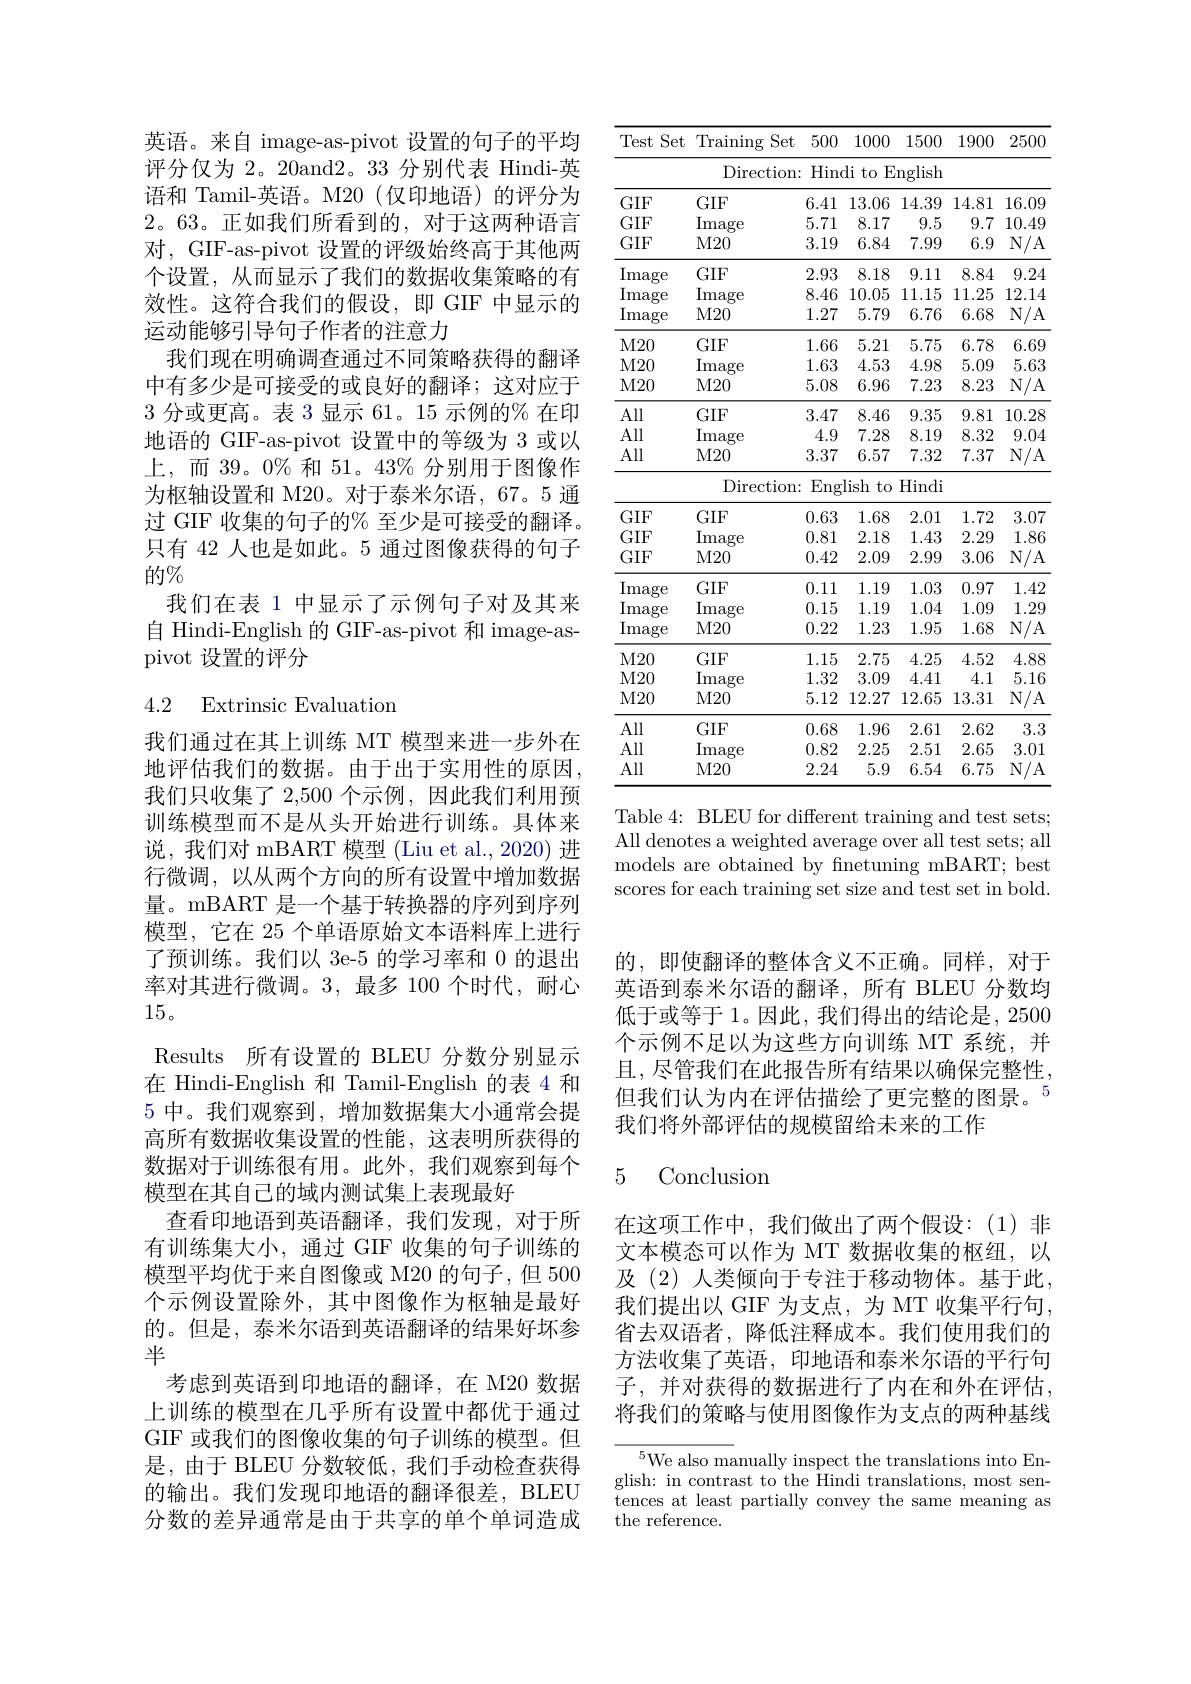
英语。来自 image-as-pivot 设置的句子的平均评分仅为 2。20and2。33 分别代表 Hindi-英语和 Tamil-英语。M20(仅印地语)的评分为2。63。正如我们所看到的，对于这两种语言对，GIF-as-pivot 设置的评级始终高于其他两个设置，从而显示了我们的数据收集策略的有效性。这符合我们的假设，即 GIF 中显示的运动能够引导句子作者的注意力
我们现在明确调查通过不同策略获得的翻译中有多少是可接受的或良好的翻译；这对应于3分或更高。表 3 显示 61。15 示例的% 在印地语的 GIF-as-pivot 设置中的等级为 3 或以上，而 39。0% 和 51。43% 分别用于图像作为枢轴设置和 M20。对于泰米尔语，67。5 通过 GIF 收集的句子的% 至少是可接受的翻译。只有 42 人也是如此。5 通过图像获得的句子的$\%$
我们在表 1 中显示了示例句子对及其来自 Hindi-English 的 GIF-as-pivot 和 image-aspivot 设置的评分

## 4.2 Extrinsic Evaluation

我们通过在其上训练 MT 模型来进一步外在地评估我们的数据。由于出于实用性的原因， 我们只收集了 2,500 个示例，因此我们利用预训练模型而不是从头开始进行训练。具体来说，我们对 mBART 模型 (Liu et al., 2020) 进行微调，以从两个方向的所有设置中增加数据量。mBART 是一个基于转换器的序列到序列模型，它在 25 个单语原始文本语料库上进行了预训练。我们以 3e-5 的学习率和 0 的退出率对其进行微调。3,最多 100 个时代，耐心15。
Results 所有设置的 BLEU 分数分别显示在 Hindi-English 和 Tamil-English 的表 4 和5 中。我们观察到，增加数据集大小通常会提高所有数据收集设置的性能，这表明所获得的数据对于训练很有用。此外，我们观察到每个模型在其自己的域内测试集上表现最好
查看印地语到英语翻译，我们发现，对于所有训练集大小，通过 GIF 收集的句子训练的模型平均优于来自图像或 M20 的句子，但 500个示例设置除外，其中图像作为枢轴是最好的。但是，泰米尔语到英语翻译的结果好坏参半
考虑到英语到印地语的翻译，在 M20 数据上训练的模型在几乎所有设置中都优于通过GIF 或我们的图像收集的句子训练的模型。但是，由于 BLEU 分数较低，我们手动检查获得的输出。我们发现印地语的翻译很差，BLEU 分数的差异通常是由于共享的单个单词造成

<table>
	<tbody>
		<tr>
			<th>Test Set 1 T T</th>
			<th>$\operatorname{Training}$ Set</th>
			<th>500</th>
			<th>1000</th>
			<th>1500</th>
			<th>1900</th>
			<th>2500</th>
		</tr>
		<tr>
			<td> </td>
			<td>Direction: </td>
			<td>Hinc</td>
			<td>$li$ $to$ E </td>
			<td>inglish</td>
			<td> </td>
			<td> </td>
		</tr>
		<tr>
			<td>$GIF$</td>
			<td>$GIF$</td>
			<td>6.41</td>
			<td>13.06</td>
			<td>14.39</td>
			<td>14.81</td>
			<td>16.09</td>
		</tr>
		<tr>
			<td>$GIF$</td>
			<td>Image</td>
			<td>5.71</td>
			<td>8.17</td>
			<td>9.5</td>
			<td>9.7</td>
			<td>10.49</td>
		</tr>
		<tr>
			<td>$GIF$</td>
			<td>- $M20$</td>
			<td>3.19</td>
			<td>6.84</td>
			<td>7.99</td>
			<td>6.9</td>
			<td>$N/A$</td>
		</tr>
		<tr>
			<td>Image</td>
			<td>$GIF$</td>
			<td>2.93</td>
			<td>8.18</td>
			<td>9.11</td>
			<td>8.84</td>
			<td>9.24</td>
		</tr>
		<tr>
			<td>Image</td>
			<td>$\operatorname$</td>
			<td>8.46</td>
			<td>10.05</td>
			<td>11.15</td>
			<td>11.25</td>
			<td>12.14</td>
		</tr>
		<tr>
			<td>Image</td>
			<td>$M20$</td>
			<td>1.27</td>
			<td>5.79</td>
			<td>6.76</td>
			<td>6.68</td>
			<td>$N/A$</td>
		</tr>
		<tr>
			<td>$M20$</td>
			<td>$GIF$</td>
			<td>1.66</td>
			<td>5.21</td>
			<td>5.75</td>
			<td>6.78</td>
			<td>6.69</td>
		</tr>
		<tr>
			<td>$M20$</td>
			<td>Image</td>
			<td>1.63</td>
			<td>4.53</td>
			<td>4.98</td>
			<td>5.09</td>
			<td>5.63</td>
		</tr>
		<tr>
			<td>$M20$</td>
			<td>- $M20$</td>
			<td>5.08</td>
			<td>6.96</td>
			<td>7.23</td>
			<td>8.23</td>
			<td>$N/A$</td>
		</tr>
		<tr>
			<td>All</td>
			<td>$GIF$</td>
			<td>3.47</td>
			<td>8.46</td>
			<td>9.35</td>
			<td>9.81</td>
			<td>10.28</td>
		</tr>
		<tr>
			<td>All</td>
			<td>Image</td>
			<td>4.9</td>
			<td>7.28</td>
			<td>8.19</td>
			<td>8.32</td>
			<td>9.04</td>
		</tr>
		<tr>
			<td>All</td>
			<td>- $M20$</td>
			<td>3.37</td>
			<td>6.57</td>
			<td>7.32</td>
			<td>7.37</td>
			<td>$N/A$</td>
		</tr>
		<tr>
			<td> </td>
			<td>Direction: </td>
			<td>Eng</td>
			<td>lishto</td>
			<td>Hindi</td>
			<td> </td>
			<td> </td>
		</tr>
		<tr>
			<td>$GIF$</td>
			<td>$GIF$</td>
			<td>0.63</td>
			<td>1.68</td>
			<td>2.01</td>
			<td>1.72</td>
			<td>3.07</td>
		</tr>
		<tr>
			<td>$GIF$</td>
			<td>$\operatorname$</td>
			<td>0.81</td>
			<td>2.18</td>
			<td>1.43</td>
			<td>2.29</td>
			<td>1.86</td>
		</tr>
		<tr>
			<td>$GIF$</td>
			<td>$M20$</td>
			<td>0.42</td>
			<td>2.09</td>
			<td>2.99</td>
			<td>3.06</td>
			<td>$N/A$</td>
		</tr>
		<tr>
			<td>Image</td>
			<td>$GIF$</td>
			<td>0.11</td>
			<td>1.19</td>
			<td>1.03</td>
			<td>0.97</td>
			<td>1.42</td>
		</tr>
		<tr>
			<td>Image</td>
			<td>Image</td>
			<td>0.15</td>
			<td>1.19</td>
			<td>1.04</td>
			<td>1.09</td>
			<td>1.29</td>
		</tr>
		<tr>
			<td>Image</td>
			<td>$M20$</td>
			<td>0.22</td>
			<td>1.23</td>
			<td>1.95</td>
			<td>1.68</td>
			<td>$N/A$</td>
		</tr>
		<tr>
			<td>$M20$</td>
			<td>$GIF$</td>
			<td>1.1 .15 </td>
			<td>2.75</td>
			<td>4.25</td>
			<td>4.52</td>
			<td>4.88</td>
		</tr>
		<tr>
			<td>$M20$</td>
			<td>Image</td>
			<td>1.32</td>
			<td>3.09</td>
			<td>4.41</td>
			<td>4.1</td>
			<td>5.16</td>
		</tr>
		<tr>
			<td>$M20$</td>
			<td>$M20$</td>
			<td>5.12</td>
			<td>12.27</td>
			<td>12.65</td>
			<td>13.31</td>
			<td>$N/A$</td>
		</tr>
		<tr>
			<td>All</td>
			<td>$GIF$</td>
			<td>0.68</td>
			<td>1.96</td>
			<td>2.61</td>
			<td>2.62</td>
			<td>3.3</td>
		</tr>
		<tr>
			<td>All</td>
			<td>Image</td>
			<td>0.82</td>
			<td>2.25</td>
			<td>2.51</td>
			<td>2.65</td>
			<td>3.01</td>
		</tr>
		<tr>
			<td>All</td>
			<td>$M20$</td>
			<td>2.24</td>
			<td>5.9</td>
			<td>6.54</td>
			<td>6.75</td>
			<td>$N$ $/A$ 1 1</td>
		</tr>
	</tbody>
</table>

Table 4: BLEU for different training and test sets; All denotes a weighted average over all test sets; all models are obtained by fnetuning mBART; best scores for each training set size and test set in bold.

的，即使翻译的整体含义不正确。同样，对于英语到泰米尔语的翻译，所有 BLEU 分数均低于或等于 1。因此，我们得出的结论是，2500个示例不足以为这些方向训练 MT 系统，并且，尽管我们在此报告所有结果以确保完整性， 但我们认为内在评估描绘了更完整的图景。$^{5}$ 我们将外部评估的规模留给未来的工作

## 5 Conclusion

在这项工作中，我们做出了两个假设：(1)非文本模态可以作为 MT 数据收集的枢纽，以及(2)人类倾向于专注于移动物体。基于此我们提出以 GIF 为支点，为 MT 收集平行句， 省去双语者，降低注释成本。我们使用我们的方法收集了英语，印地语和泰米尔语的平行句子，并对获得的数据进行了内在和外在评估， 将我们的策略与使用图像作为支点的两种基线

$^{5}$We also manually inspect the translations into English: in contrast to the Hindi translations, most sentences at least partially convey the same meaning as the reference.